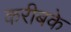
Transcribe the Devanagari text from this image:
करीबके